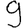
Digit: 9